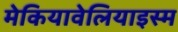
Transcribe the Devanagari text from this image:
मेकियावेलियाइस्म